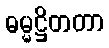
ဓမ္မဋ္ဌိတတာ